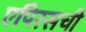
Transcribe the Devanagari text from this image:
एपिरसची